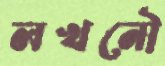
লখনৌ